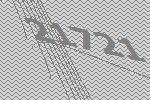
21721